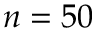
n = 5 0